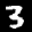
Label: 3